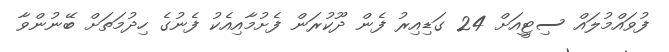
ފުވައްމުލައް ސިޓިީއަށް 24 ގަޑިއިރު ފެން ދޫކުރަން ފެށުމާއިއެކު ފެނުގެ ހިދުމަތަށް ބޭނުންވާ